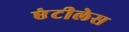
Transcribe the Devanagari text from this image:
एंटीलेस